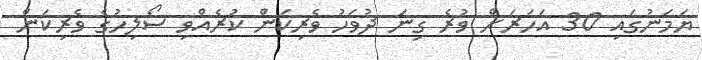
ޔަމަނުގައި 30 އަހަރަށް ވުރެ ގިނަ ދުވަހު ވެރިކަން ކުރެއްވި ސޯލިހުގެ ވެރިކަން